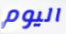
اليوم